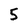
Character: 5